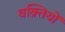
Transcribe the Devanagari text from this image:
वक़्तियों